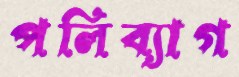
পলিব্যাগ